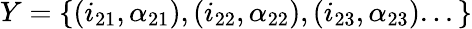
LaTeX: Y=\{ (i_{21},\alpha_{21}),(i_{22},\alpha_{22}),(i_{23},\alpha_{23})...\}